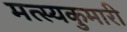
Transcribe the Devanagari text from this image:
मत्स्यकुमारी